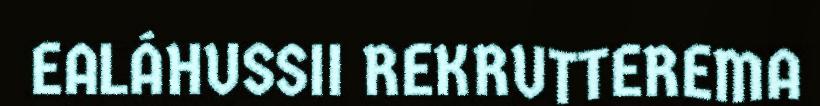
EALÁHUSSII REKRUTTEREMA